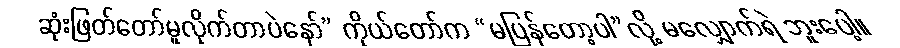
ဆုံးဖြတ်တော်မူလိုက်တာပဲနော်” ကိုယ်တော်က “မပြန်တော့ပါ”လို့ မလျှောက်ရဲ ဘူးပေါ့။